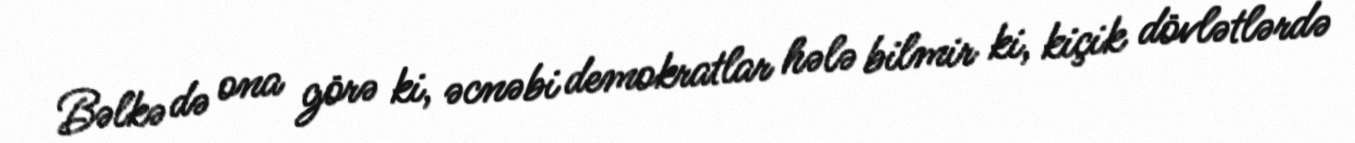
Bəlkə də ona görə ki, əcnəbi demokratlar hələ bilmir ki, kiçik dövlətlərdə